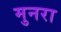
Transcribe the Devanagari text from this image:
मुनरा